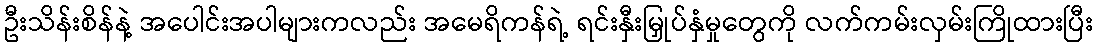
ဦးသိန်းစိန်နဲ့ အပေါင်းအပါများကလည်း အမေရိကန်ရဲ့ ရင်းနှီးမြှုပ်နှံမှုတွေကို လက်ကမ်းလှမ်းကြိုထားပြီး